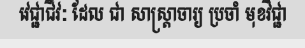
វេជ្ជាជីវៈ ដែល ជា សាស្ត្រាចារ្យ ប្រចាំ មុខវិជ្ជា